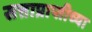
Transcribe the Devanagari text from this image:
सत्ताप्राप्तीच्या